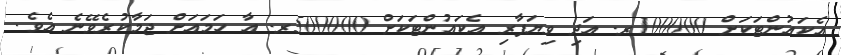
އެކައުންޓަކަށް 100000ރ. އަދި ވިޔަފާރި އެކައުންޓަކަށް 500000ރ. އާ ހަމައަށް ޖަމާކުރެވޭނެ އެވެ.